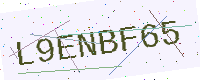
Text: L9ENBF65